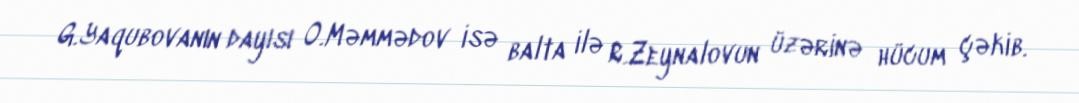
G.Yaqubovanın dayısı O.Məmmədov isə balta ilə R.Zeynalovun üzərinə hücum çəkib.